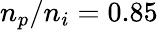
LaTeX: n_{p}/n_{i}=0.85